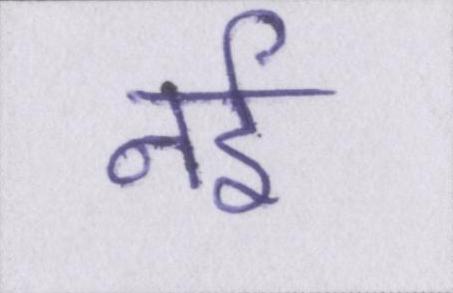
नर्इ